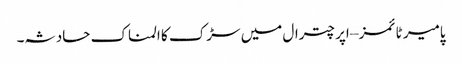
پامیر ٹائمز – اپر چترال میں سڑک کا المناک حادثہ۔